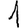
Digit: 1